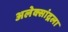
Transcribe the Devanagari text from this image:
अलेक्सांद्रला